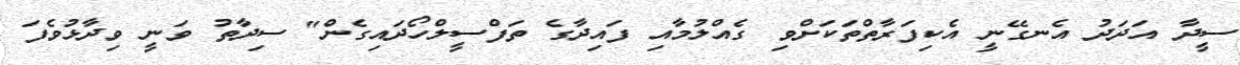
ސީދާ އަދަދު އެނގޭނީ އެކިފަރާތްތަކަށްވި ގެއްލުމާއި ފައިދާގެ ތަފްސީލްހޯދައިގެން" ސިދާތު ވަނީ ވިދާޅުވެފަ